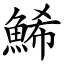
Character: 鯑